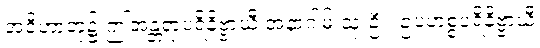
အဝိဟာဘုံ၌ ဤအန္တရာပရိနိဗ္ဗာယီ အနာဂါမ် သုးဦး၊ ဥပဟစ္စပရိနိဗ္ဗာယီ